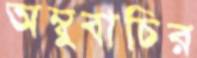
অম্বুবাচির